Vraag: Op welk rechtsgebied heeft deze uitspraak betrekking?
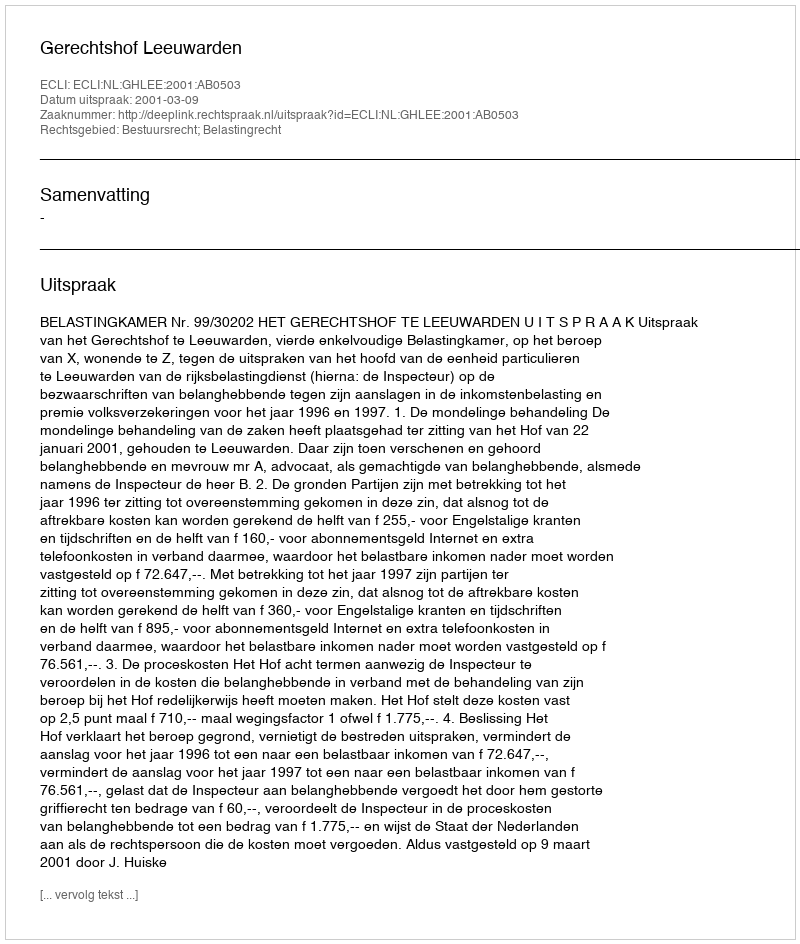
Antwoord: Bestuursrecht; Belastingrecht